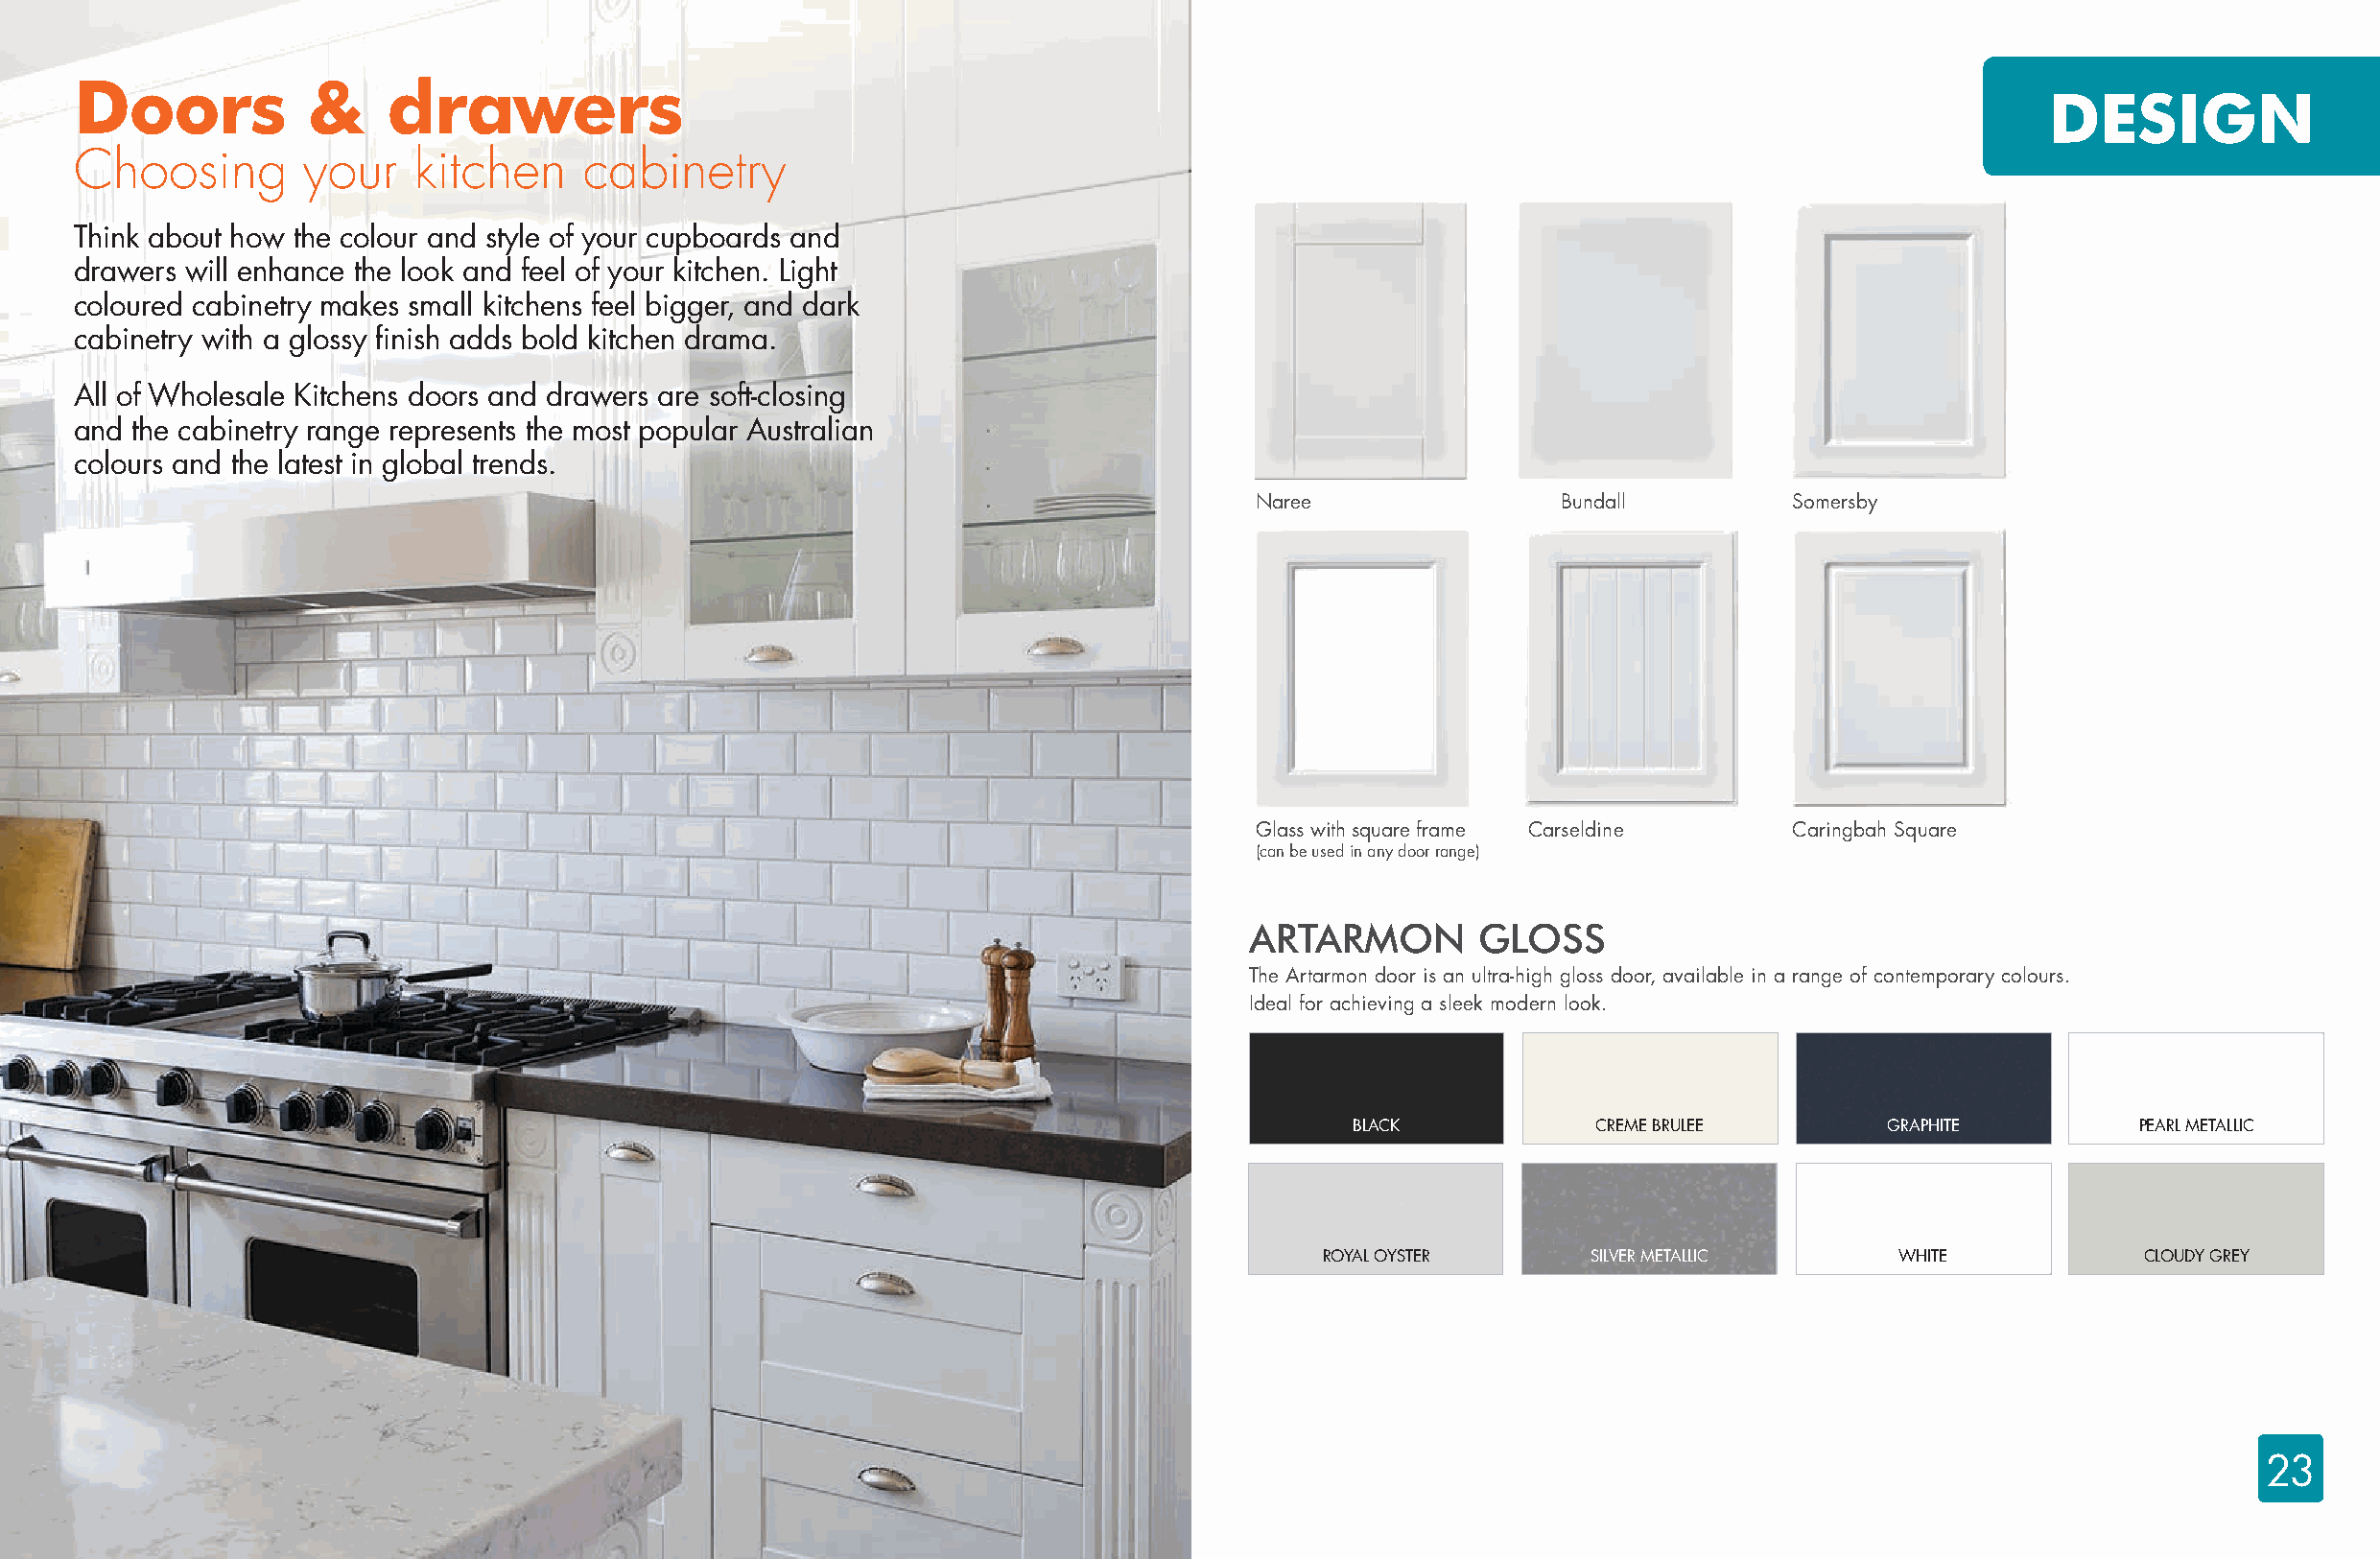
Doors           &     drawers
 DESIGN
 Choosing        your    kitchen    cabinetry
 Think about how the colour and style of your cupboards and
 drawers will enhance the look and feel of your kitchen. Light
 coloured cabinetry makes small kitchens feel bigger, and dark
 cabinetry with a glossy finish adds bold kitchen drama.
 All of Wholesale Kitchens doors and drawers are soft-closing
 and the cabinetry range represents the most popular Australian
 colours and the latest in global trends.
 Naree                Bundall         Somersby
 Glass with square frame Carseldine   Caringbah Square
 (can be used in any door range)
 ARTARMON        GLOSS
 The Artarmon door is an ultra-high gloss door, available in a range of contemporary colours.
 Ideal for achieving a sleek modern look.
 BLACK            CREME BRULEE        GRAPHITE          PEARL METALLIC
 ROYAL OYSTER       SILVER METALLIC      WHITE            CLOUDY GREY
 23